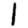
Digit: 1